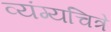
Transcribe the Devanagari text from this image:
व्यंग्यचित्रे